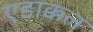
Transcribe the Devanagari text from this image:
एडाक्कल